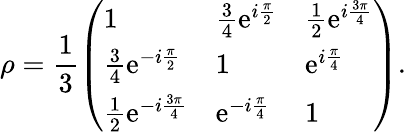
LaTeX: \rho=\frac{1}{3}\left(\begin{array}{lll}{1}&{\frac{3}{4}\mathrm{e}^{i\frac{\pi}{2}}}&{\frac{1}{2}\mathrm{e}^{i\frac{3\pi}{4}}}\\ {\frac{3}{4}\mathrm{e}^{-i\frac{\pi}{2}}}&{1}&{\mathrm{e}^{i\frac{\pi}{4}}}\\ {\frac{1}{2}\mathrm{e}^{-i\frac{3\pi}{4}}}&{\mathrm{e}^{-i\frac{\pi}{4}}}&{1}\end{array}\right).